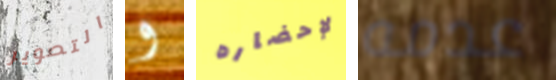
التصوير و لإحضاره عدمه